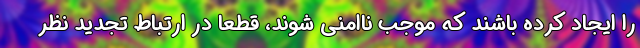
را ایجاد کرده باشند که موجب ناامنی شوند، قطعاً در ارتباط تجدید نظر